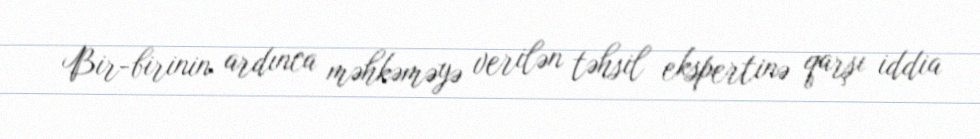
Bir-birinin ardınca məhkəməyə verilən təhsil ekspertinə qarşı iddia